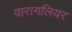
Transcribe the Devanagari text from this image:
वारागलियर